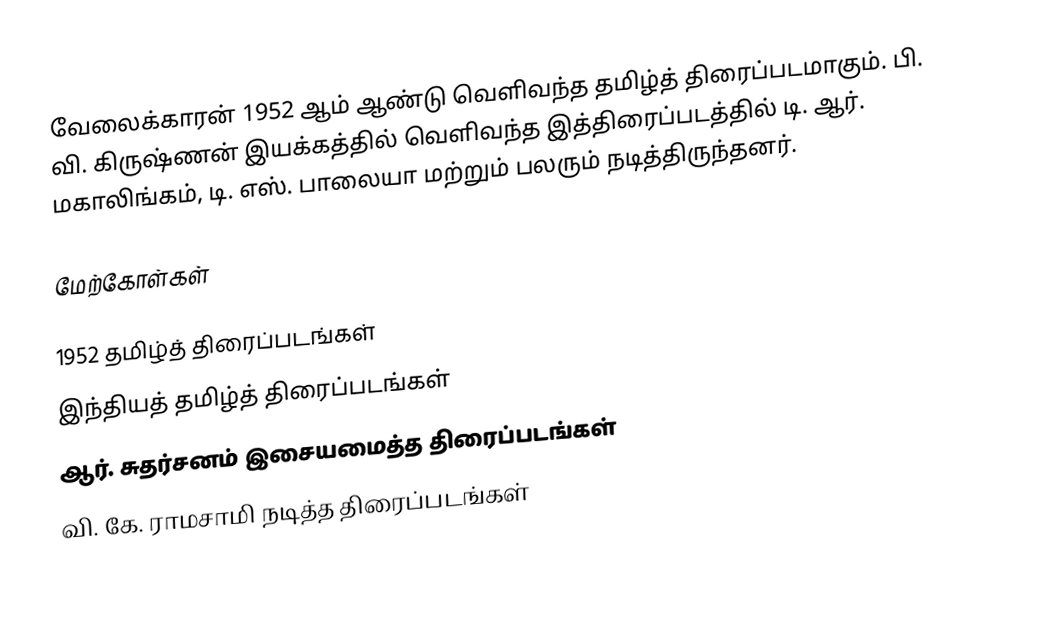
வேலைக்காரன் 1952 ஆம் ஆண்டு வெளிவந்த தமிழ்த் திரைப்படமாகும். பி. வி. கிருஷ்ணன் இயக்கத்தில் வெளிவந்த இத்திரைப்படத்தில் டி. ஆர். மகாலிங்கம், டி. எஸ். பாலையா மற்றும் பலரும் நடித்திருந்தனர்.

மேற்கோள்கள்

1952 தமிழ்த் திரைப்படங்கள்
இந்தியத் தமிழ்த் திரைப்படங்கள்
ஆர். சுதர்சனம் இசையமைத்த திரைப்படங்கள்
வி. கே. ராமசாமி நடித்த திரைப்படங்கள்